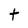
Character: t